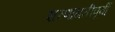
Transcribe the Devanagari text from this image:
शरणागतीपूर्वी